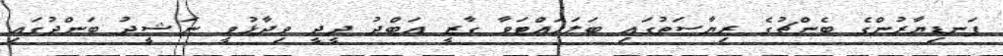
ފަނޑިޔާރުންގެ ބެންޗުގެ ރިޔާސަތުގައި ބަލަހައްޓަވާ ގާޒީ އަބްދު ދީދީ ވިދާޅުވީ ނަޝީދު ބަންދުގައި